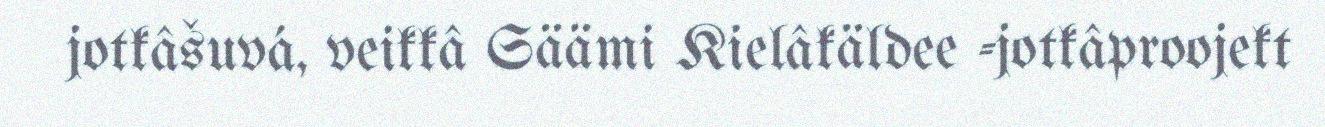
jotkâšuvá, veikkâ Säämi Kielâkäldee -jotkâproojekt